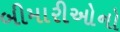
બીમારીઓનો